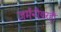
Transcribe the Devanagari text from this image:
जर्मनीवरही